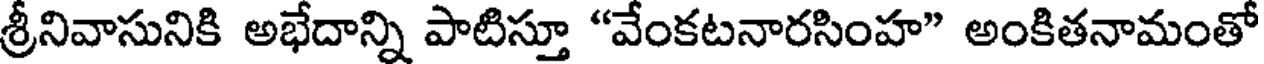
శ్రీనివాసునికి అభేదాన్ని పాటిస్తూ "వేంకటనారసింహ" అంకితనామంతో